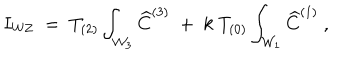
I _ { \mathrm { W Z } } \; = \; T _ { ( 2 ) } \int _ { { \cal W } _ { 3 } } { \widehat C } ^ { ( 3 ) } \; + \; k \; T _ { ( 0 ) } \int _ { { \cal W } _ { 1 } } { \widehat C } ^ { ( 1 ) } \ ,